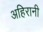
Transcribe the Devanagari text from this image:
अहिरानी